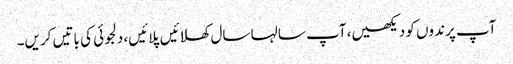
آپ پرندوں کو دیکھیں، آپ سالہا سال کھلائیں پلائیں، دلجوئی کی باتیں کریں۔